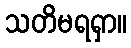
သတိမရရှာ။